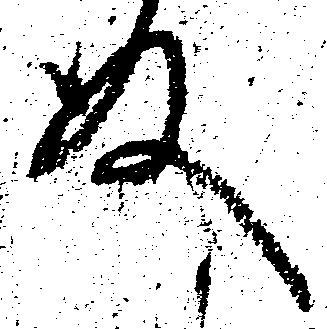
殿